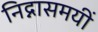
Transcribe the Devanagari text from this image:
निद्नासमयीं